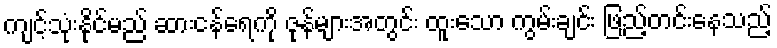
ကျင့်သုံးနိုင်မည် ဆားငန်ရေကို ဇုန်များအတွင်း ထူးသော ကွမ်းချင်း ဖြည့်တင်းနေသည့်